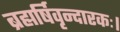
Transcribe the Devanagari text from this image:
ब्रह्मर्षिवृन्दारकः।